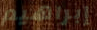
إبراهيم